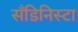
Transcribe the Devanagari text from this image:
सँडिनिस्टा